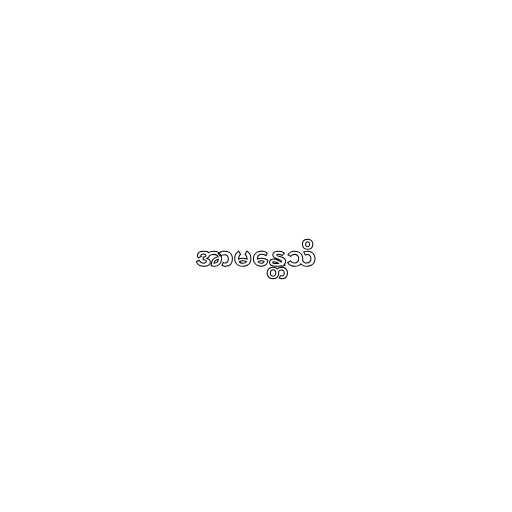
အာမန္တေသိ